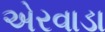
એરવાડા